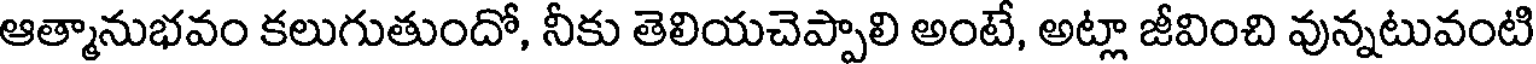
ఆత్మానుభవం కలుగుతుందో, నీకు తెలియచెప్పాలి అంటే, అట్లా జీవించి వున్నటువంటి